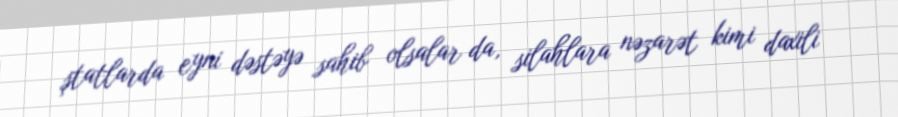
ştatlarda eyni dəstəyə sahib olsalar da, silahlara nəzarət kimi daxili